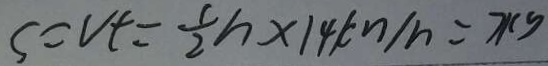
S = v t = \frac { 1 } { 2 } h \times 1 4 k m / h = 7 k g